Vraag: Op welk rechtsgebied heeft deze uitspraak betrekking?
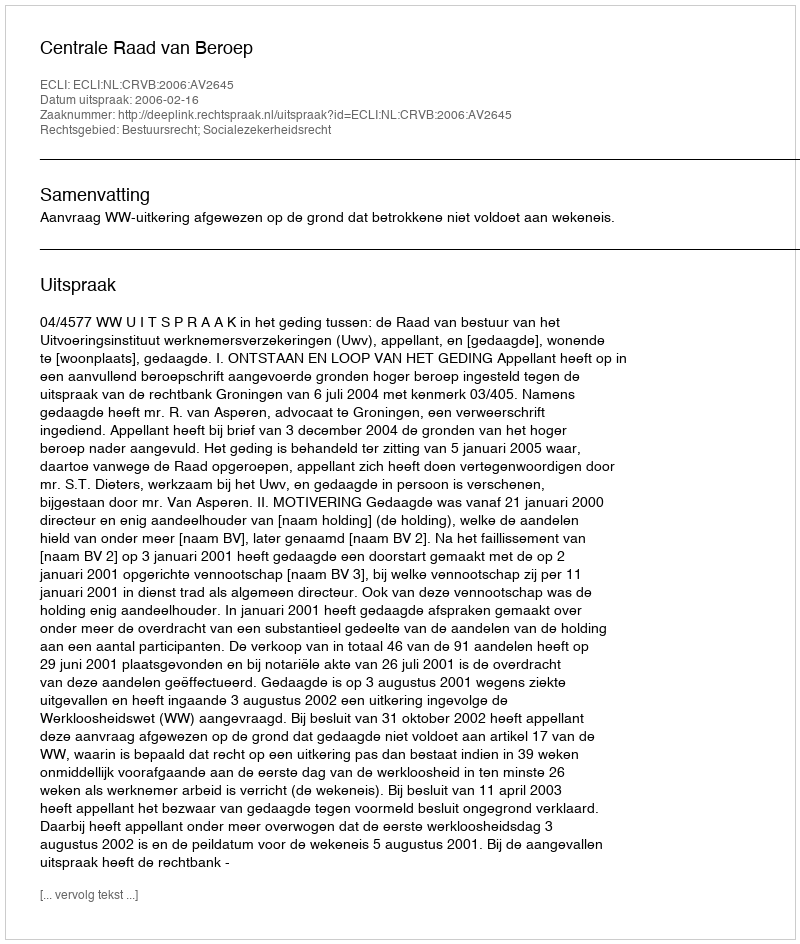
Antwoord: Bestuursrecht; Socialezekerheidsrecht